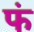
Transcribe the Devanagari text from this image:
फं